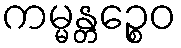
ကမ္မန္တဉ္စေဝ